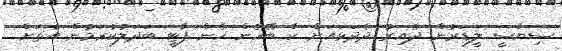
ސިޔާސީ ލީޑަރުން ދެއިރު ދެދަޅައަށް ކާ ބޭހެން ހެން ޕާޓީ ބަދަލުކުރަމުން އެތަށް